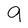
Character: 9